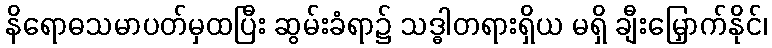
နိရောဓသမာပတ်မှထပြီး ဆွမ်းခံရာ၌ သဒ္ဓါတရားရှိယ မရှိ ချီးမြှောက်နိုင်၊